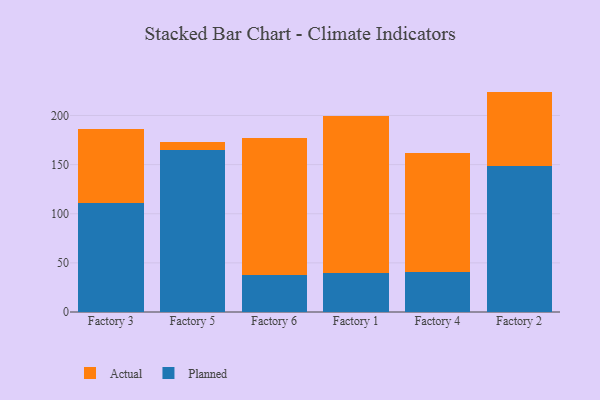
{"axis": {"x": "Factory", "y": "Humidity (%)"}, "legend": ["Actual", "Planned"], "data": [{"x": "Factory 3", "y": 110.5, "type": "Planned"}, {"x": "Factory 3", "y": 76.1, "type": "Actual"}, {"x": "Factory 5", "y": 164.9, "type": "Planned"}, {"x": "Factory 5", "y": 8.6, "type": "Actual"}, {"x": "Factory 6", "y": 37.3, "type": "Planned"}, {"x": "Factory 6", "y": 140.0, "type": "Actual"}, {"x": "Factory 1", "y": 39.9, "type": "Planned"}, {"x": "Factory 1", "y": 159.8, "type": "Actual"}, {"x": "Factory 4", "y": 41.0, "type": "Planned"}, {"x": "Factory 4", "y": 121.0, "type": "Actual"}, {"x": "Factory 2", "y": 148.7, "type": "Planned"}, {"x": "Factory 2", "y": 75.6, "type": "Actual"}]}